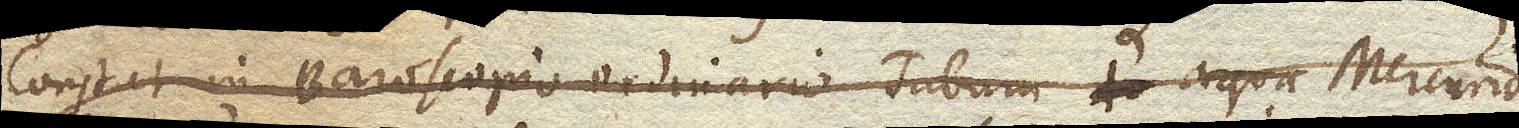
Constat in Baroscopio ordinario Tubum aqua Mercurio